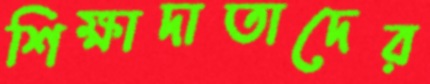
শিক্ষাদাতাদের